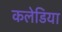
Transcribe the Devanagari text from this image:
कलेडिया